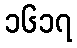
၁၆၁၇